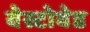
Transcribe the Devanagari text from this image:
वेस्टोवेड